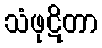
သံဖုဋိတာ